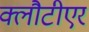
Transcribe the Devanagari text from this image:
क्लौटीएर